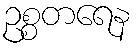
ဥစ္စတရေန